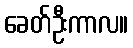
ခေတ်ဦးကာလ။